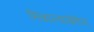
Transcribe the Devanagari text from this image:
मिळाल्याखेरीज